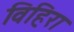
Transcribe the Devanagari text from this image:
विहिरा